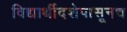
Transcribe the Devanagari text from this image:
विद्यार्थीदशेपासूनच